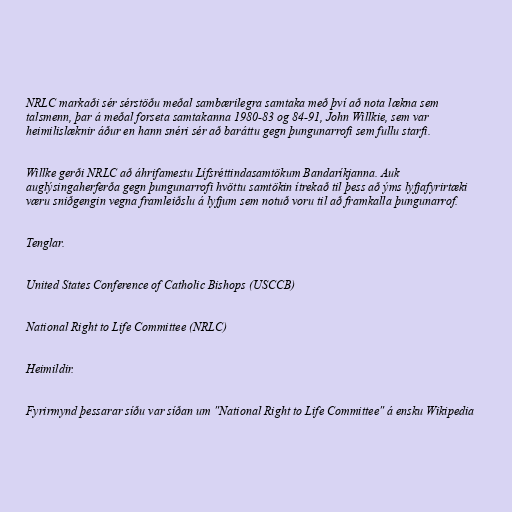
NRLC markaði sér sérstöðu meðal sambærilegra samtaka með því að nota lækna sem
talsmenn, þar á meðal forseta samtakanna 1980-83 og 84-91, John Willkie, sem var
heimilislæknir áður en hann snéri sér að baráttu gegn þungunarrofi sem fullu starfi.

Willke gerði NRLC að áhrifamestu Lífsréttindasamtökum Bandaríkjanna. Auk
auglýsingaherferða gegn þungunarrofi hvöttu samtökin ítrekað til þess að ýms lyfjafyrirtæki
væru sniðgengin vegna framleiðslu á lyfjum sem notuð voru til að framkalla þungunarrof.

Tenglar.

United States Conference of Catholic Bishops (USCCB)

National Right to Life Committee (NRLC)

Heimildir.

Fyrirmynd þessarar síðu var síðan um "National Right to Life Committee" á ensku Wikipedia